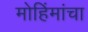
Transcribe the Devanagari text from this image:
मोहिंमांचा